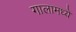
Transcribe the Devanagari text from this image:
गालामध्ये